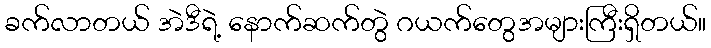
ခက်လာတယ် အဲဒီရဲ့ နောက်ဆက်တွဲ ဂယက်တွေအများကြီးရှိတယ်။